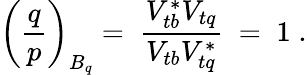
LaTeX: \left(\frac{q}{p}\right)_{B_{q}}=\; \frac{V_{tb}^{*}V_{tq}}{V_{tb}V_{tq}^{*}}\; =\; 1\; .